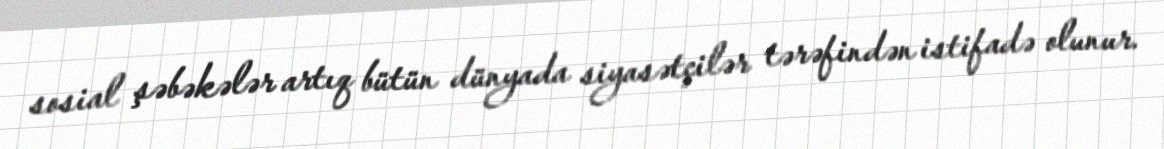
sosial şəbəkələr artıq bütün dünyada siyasətçilər tərəfindən istifadə olunur.